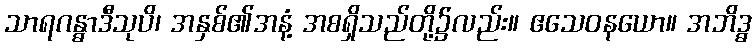
သာရဂန္ဓာဒီသုပိ၊ အနှစ်၏အနံ့ အစရှိသည်တို့၌လည်း။ ဧသေဝနယော။ အဘိဒ္ဓ